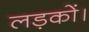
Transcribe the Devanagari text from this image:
लड़कों।